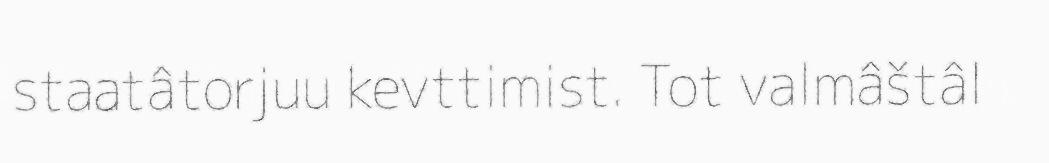
staatâtorjuu kevttimist. Tot valmâštâl